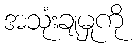
အသုံးချမှုကို